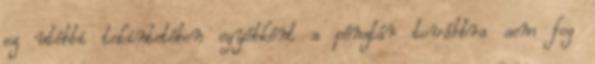
ez utóbbi tekintetében egyébként a pénztár továbbra sem fog